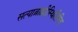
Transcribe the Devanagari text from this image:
सत्याब्राह्मीस्थितिरिव